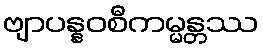
ဗျာပန္နဝစီကမ္မန္တဿ